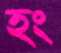
হং